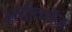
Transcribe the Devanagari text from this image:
अचीवमेंज